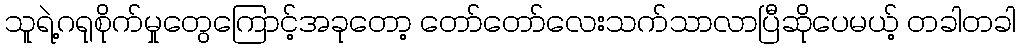
သူရဲ့ဂရုစိုက်မှုတွေကြောင့်အခုတော့ တော်တော်လေးသက်သာလာပြီဆိုပေမယ့် တခါတခါ